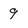
Character: 9